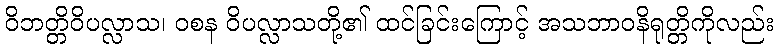
ဝိဘတ္တိဝိပလ္လာသ၊ ဝစန ဝိပလ္လာသတို့၏ ထင်ခြင်းကြောင့် အသဘာဝနိရုတ္တိကိုလည်း